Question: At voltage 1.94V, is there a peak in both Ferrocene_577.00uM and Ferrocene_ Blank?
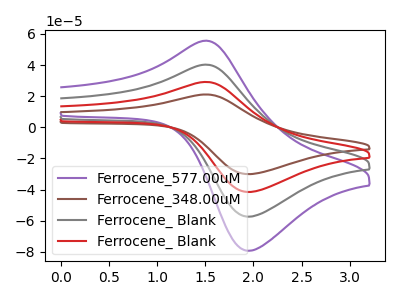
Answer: <think>The purple curve "Ferrocene_577.00uM" has an anodic peak at (1.50V, 55.60uA) and a cathodic peak at (1.95V, -79.30uA). The brown curve "Ferrocene_348.00uM" has an anodic peak at (1.50V, 120.70uA) and a cathodic peak at (1.95V, -172.20uA). The gray curve "Ferrocene_ Blank" has an anodic peak at (1.50V, 40.25uA) and a cathodic peak at (1.95V, -57.40uA). The red curve "Ferrocene_ Blank" has an anodic peak at (1.50V, 80.45uA) and a cathodic peak at (1.95V, -114.80uA).</think>
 <answer>Yes, "Ferrocene_577.00uM" and "Ferrocene_ Blank" share a peak at 1.94V.</answer>
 <eval>match</eval>